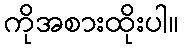
ကိုအစားထိုးပါ။